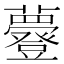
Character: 𧄼